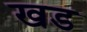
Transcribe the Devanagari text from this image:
खड